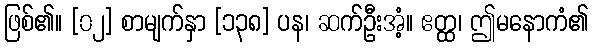
ဖြစ်၏။ [၀၂] စာမျက်နှာ [၁၃၈] ပန၊ ဆက်ဦးအံ့။ ဧတ္ထ၊ ဤမနောကံ၏